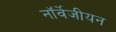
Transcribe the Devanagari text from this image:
नॉर्वेजीयन